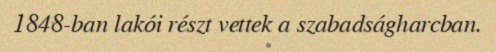
1848-ban lakói részt vettek a szabadságharcban.